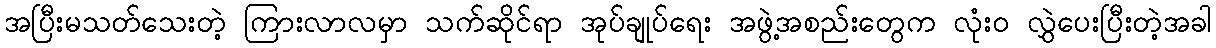
အပြီးမသတ်သေးတဲ့ ကြားလာလမှာ သက်ဆိုင်ရာ အုပ်ချုပ်ရေး အဖွဲ့အစည်းတွေက လုံး၀ လွှဲပေးပြီးတဲ့အခါ